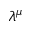
\lambda ^ { \mu }